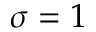
\sigma = 1